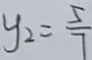
y _ { 2 } = \frac { 5 } { 7 }